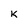
Character: K